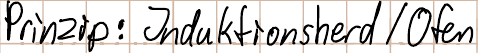
Prinzip: Induktionsherd / Ofen